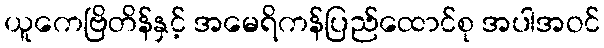
ယူကေဗြိတိန်နှင့် အမေရိကန်ပြည်ထောင်စု အပါအဝင်